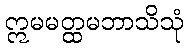
ဣမမတ္ထမဘာသိသုံ